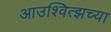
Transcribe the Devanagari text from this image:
आउश्वित्झच्या